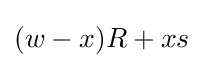
(w-x)R+xs